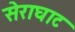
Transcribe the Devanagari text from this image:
सेराघाट